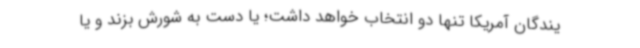
یندگان آمریکا تنها دو انتخاب خواهد داشت؛ یا دست به شورش بزند و یا